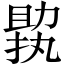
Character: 𠢟